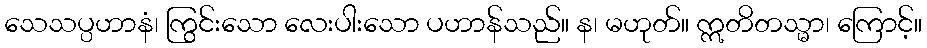
သေသပ္ပဟာနံ၊ ကြွင်းသော လေးပါးသော ပဟာန်သည်။ န၊ မဟုတ်။ ဣတိတသ္မာ၊ ကြောင့်။